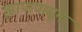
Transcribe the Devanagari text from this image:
झापापासून